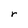
Character: r